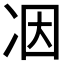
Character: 𠗃